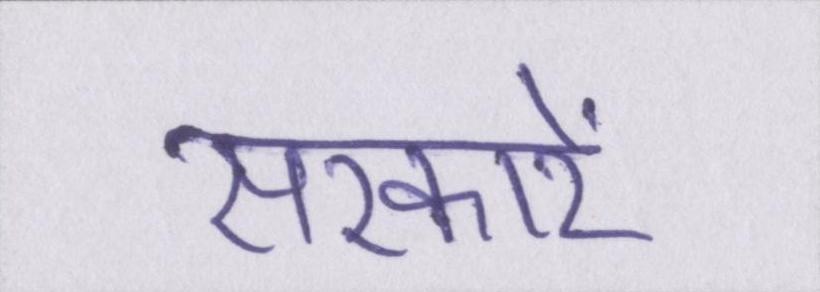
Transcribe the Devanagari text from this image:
सरकारें